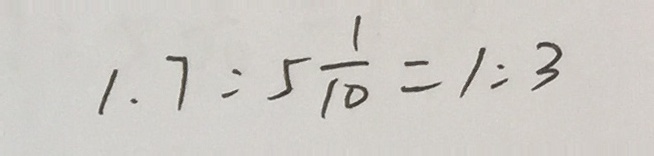
1 . 7 : 5 \frac { 1 } { 1 0 } = 1 : 3